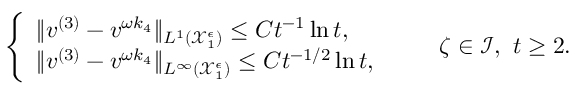
\begin{array} { r } { \left\{ \begin{array} { l l } { \| v ^ { ( 3 ) } - v ^ { \omega k _ { 4 } } \| _ { L ^ { 1 } ( \mathcal { X } _ { 1 } ^ { \epsilon } ) } \leq C t ^ { - 1 } \ln t , } \\ { \| v ^ { ( 3 ) } - v ^ { \omega k _ { 4 } } \| _ { L ^ { \infty } ( \mathcal { X } _ { 1 } ^ { \epsilon } ) } \leq C t ^ { - 1 / 2 } \ln t , } \end{array} \right. \qquad \zeta \in \mathcal { I } , \ t \geq 2 . } \end{array}